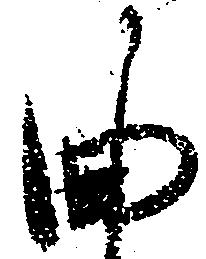
曲